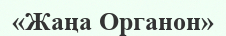
«Жаңа Органон»